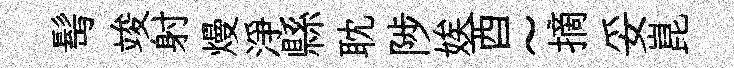
髩竣射熳淨縣耽陟娭酉~摘妥崑